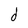
Character: d